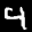
Label: 4